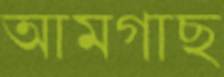
আমগাছ